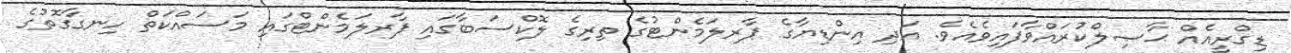
ޑިގްރީއެއް ޙާޞިލްކުރައްވާފައިވެއެވެ. އަދި އިންޑިޔާގެ ޕާރލަމެންޓުގެ ތިރިގެ ލޮކްސަބާގައި ޕާރލަމެންޓްގައި މަސައްކަތް ހިނގާގޮތުގެ